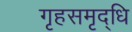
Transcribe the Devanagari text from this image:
गृहसमृद्धि